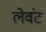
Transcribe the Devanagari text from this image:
लेवंट